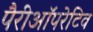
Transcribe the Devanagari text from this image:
पैरीऑपरेटिव